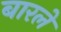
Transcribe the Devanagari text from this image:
बारले